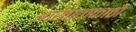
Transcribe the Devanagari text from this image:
आखाताकाठी